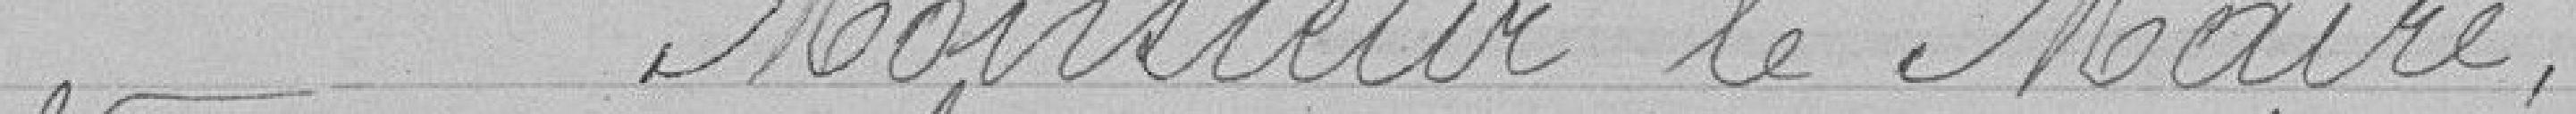
Monsieur le Maire,